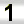
Digit: 1